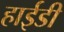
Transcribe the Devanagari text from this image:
हाईडी